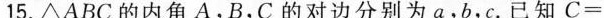
15.△ABC的内角A.B，C的对边分别为a，b，c.已知$$C =$$